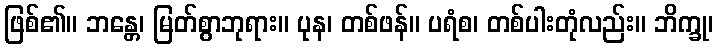
ဖြစ်၏။ ဘန္တေ၊ မြတ်စွာဘုရား။ ပုန၊ တစ်ဖန်။ ပရံစ၊ တစ်ပါးတုံလည်း။ ဘိက္ခု၊